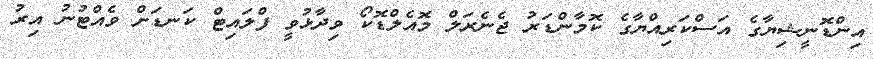
އިންޑޮނީޝިޔާގެ އަސްކަރިއްޔާގެ ކޮމާންޑަރު ޖެނެރަލް މޮއެލްޑޮކޯ ވިދާޅުވީ ފްލައިޓް ކަނޑަށް ވެއްޓުނު އިރު